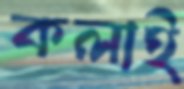
কলাই